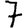
Digit: 7